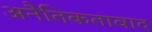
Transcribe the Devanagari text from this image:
अनैतिकतावाद